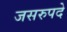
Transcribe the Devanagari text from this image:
जसरुपदे